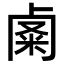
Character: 𥹟